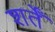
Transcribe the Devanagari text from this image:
शर्तेँ